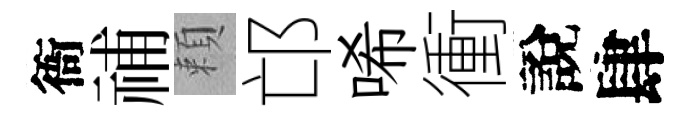
衙𥙷頼邙唏衝說肆